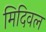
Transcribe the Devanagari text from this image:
मिदिवल